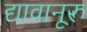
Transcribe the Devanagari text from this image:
द्यावानूरु